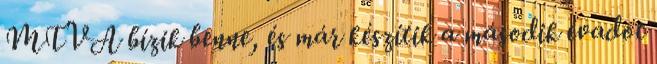
MTVA bízik benne, és már készítik a második évadot